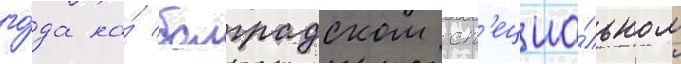
го́да на́ болградском сп'ециа́льном